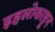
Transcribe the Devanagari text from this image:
इहलोकाहून